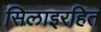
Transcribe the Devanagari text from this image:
सिलाइरहित